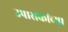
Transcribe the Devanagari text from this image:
उपासकांच्या